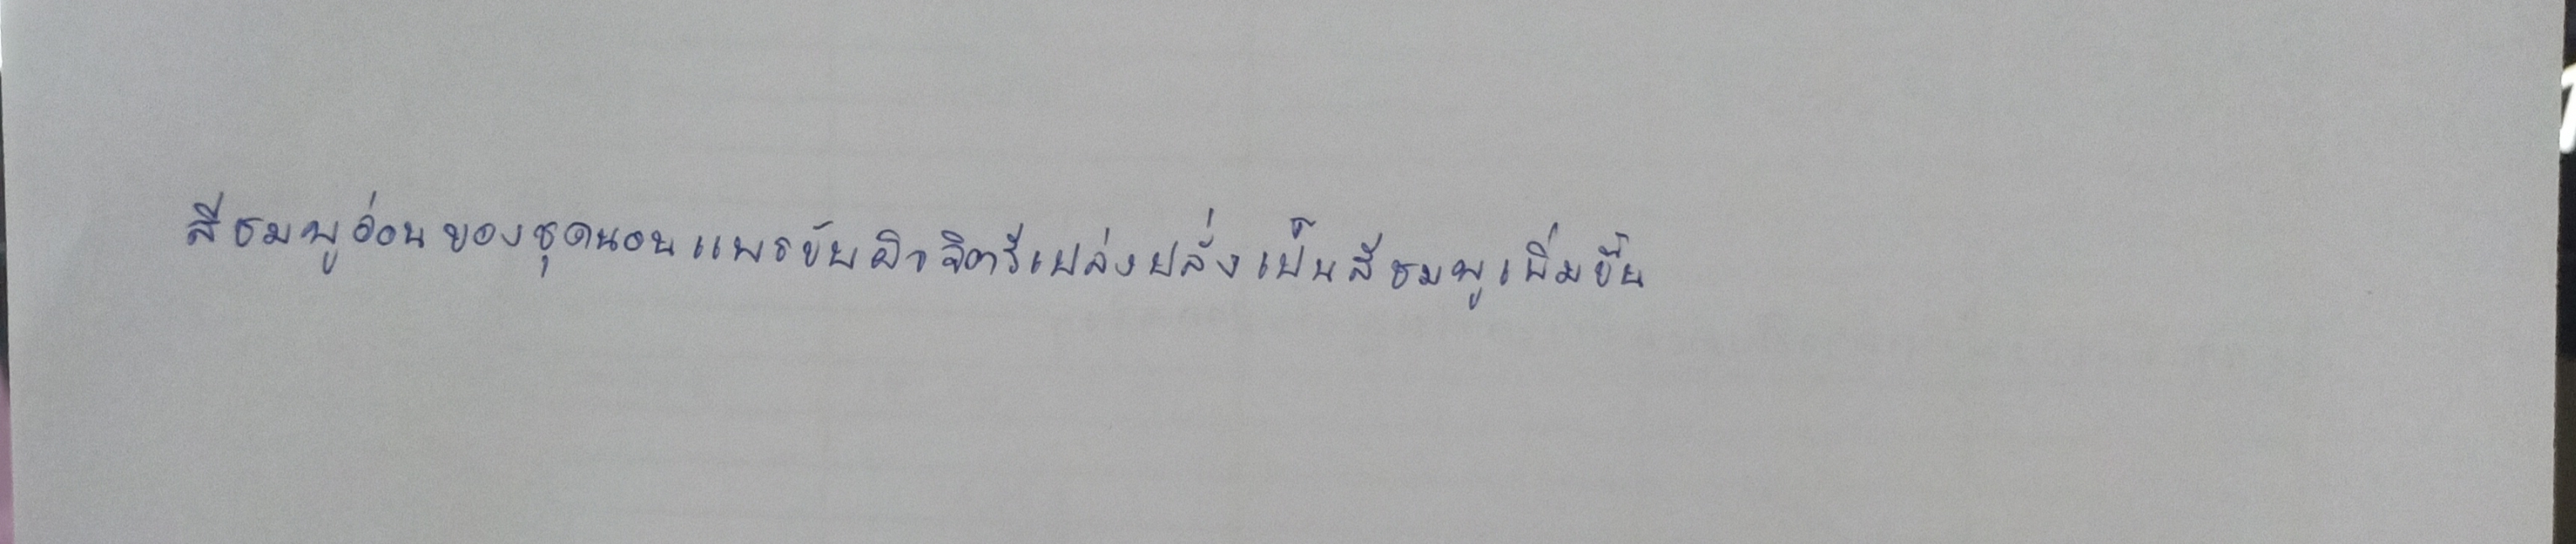
สีชมพูอ่อนของชุดนอนแพรขับผิวจิตรีเปล่งปลั่งเป็นสีชมพูเพิ่มขึ้น